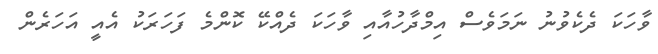
ވާހަކަ ދެކެވުނު ނަމަވެސް އިމްދާހުއާއި ވާހަކަ ދެއްކޭ ކޮންމެ ފަހަރަކު އެއީ އަހަރެން